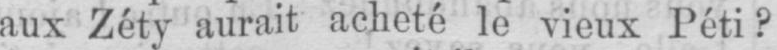
aux Zéty aurait acheté le vieux Péti?